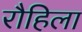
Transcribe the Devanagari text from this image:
रौहिला